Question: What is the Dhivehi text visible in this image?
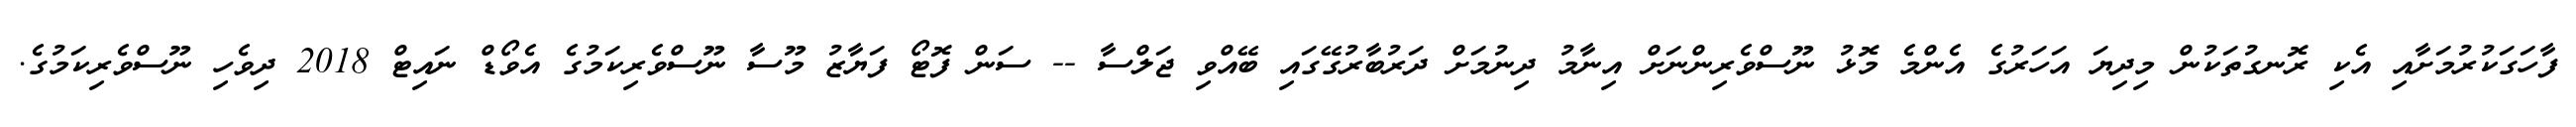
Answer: ފާހަގަކުރުމަށާއި އެކި ރޮނގުތަކުން މިދިޔަ އަހަރުގެ އެންމެ މޮޅު ނޫސްވެރިންނަށް އިނާމު ދިނުމަށް ދަރުބާރުގޭގައި ބޭއްވި ޖަލްސާ -- ސަން ފޮޓޯ ފަޔާޒު މޫސާ ނޫސްވެރިކަމުގެ އެވޯޑް ނައިޓް 2018 ދިވެހި ނޫސްވެރިކަމުގެ.